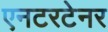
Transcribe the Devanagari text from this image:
एनटरटेनर